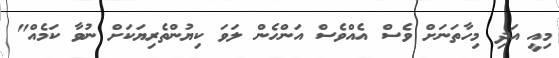
މިއީ އަދި މިހާތަނަށް ވެސް އެއްވެސް އަންހެން ލަވަ ކިޔުންތެރިޔަކަށް ނުވާ ކަމެއް"